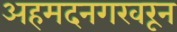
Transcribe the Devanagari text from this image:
अहमदनगरवरून